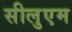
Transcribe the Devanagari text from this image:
सीलुएम